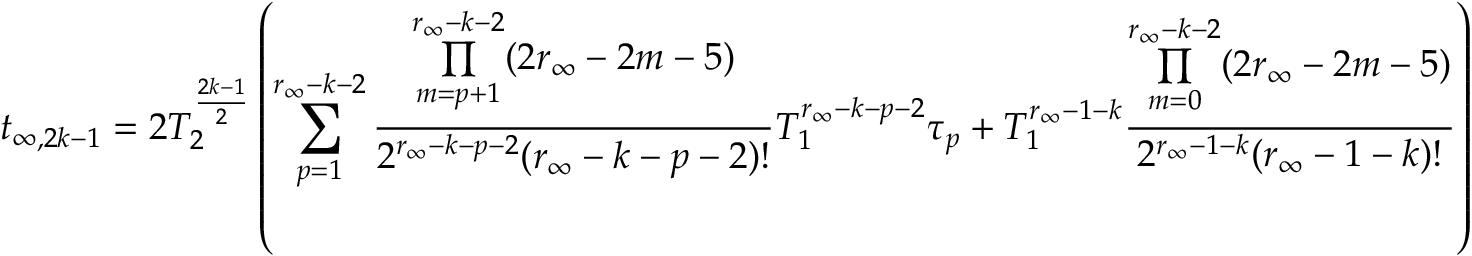
t _ { \infty , 2 k - 1 } = 2 T _ { 2 } ^ { \frac { 2 k - 1 } { 2 } } \left( \sum _ { p = 1 } ^ { r _ { \infty } - k - 2 } \frac { \underset { m = p + 1 } { \overset { r _ { \infty } - k - 2 } { \prod } } ( 2 r _ { \infty } - 2 m - 5 ) } { 2 ^ { r _ { \infty } - k - p - 2 } ( r _ { \infty } - k - p - 2 ) ! } T _ { 1 } ^ { r _ { \infty } - k - p - 2 } \tau _ { p } + T _ { 1 } ^ { r _ { \infty } - 1 - k } \frac { \underset { m = 0 } { \overset { r _ { \infty } - k - 2 } { \prod } } ( 2 r _ { \infty } - 2 m - 5 ) } { 2 ^ { r _ { \infty } - 1 - k } ( r _ { \infty } - 1 - k ) ! } \right)